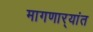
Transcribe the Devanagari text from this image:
मागणार्‍यांत